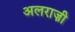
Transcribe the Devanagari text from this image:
अलराज़ी